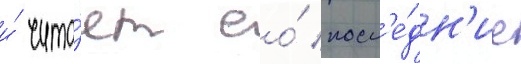
и́ чита́ет ео́ посл'е́дн'ие